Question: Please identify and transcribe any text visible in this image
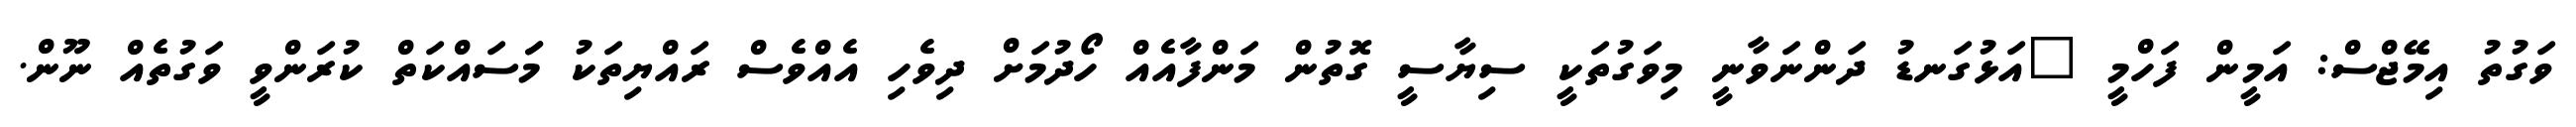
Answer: ވަގުތު އިމޭޖްސް: އަމީން ފަހްމީ "އަޅުގަނޑު ދަންނަވާނީ މިވަގުތަކީ ސިޔާސީ ގޮތުން މަންފާއެއް ހޯދުމަށް ދިވެހި އެއްވެސް ރައްޔިތަކު މަަސައްކަތް ކުރަންވީ ވަގުތެއް ނޫން.